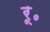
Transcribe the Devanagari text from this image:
रू॰